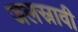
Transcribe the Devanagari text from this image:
जलस्रावी